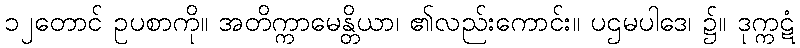
၁၂တောင် ဥပစာကို။ အတိက္ကာမေန္တိယာ၊ ၏လည်းကောင်း။ ပဌမပါဒေ၊ ၌။ ဒုက္ကဋံ